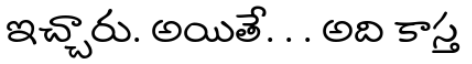
ఇచ్చారు. అయితే. . . అది కాస్త